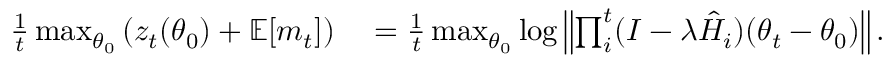
\begin{array} { r l } { \frac { 1 } { t } \operatorname* { m a x } _ { \theta _ { 0 } } \left( z _ { t } ( \theta _ { 0 } ) + \mathbb { E } [ m _ { t } ] \right) } & { { } = \frac { 1 } { t } \operatorname* { m a x } _ { \theta _ { 0 } } \log \left\| \prod _ { i } ^ { t } ( I - \lambda \hat { H } _ { i } ) ( \theta _ { t } - \theta _ { 0 } ) \right\| . } \end{array}